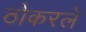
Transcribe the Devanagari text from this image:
ठोकरले